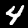
Label: 4